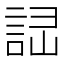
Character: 𧧱